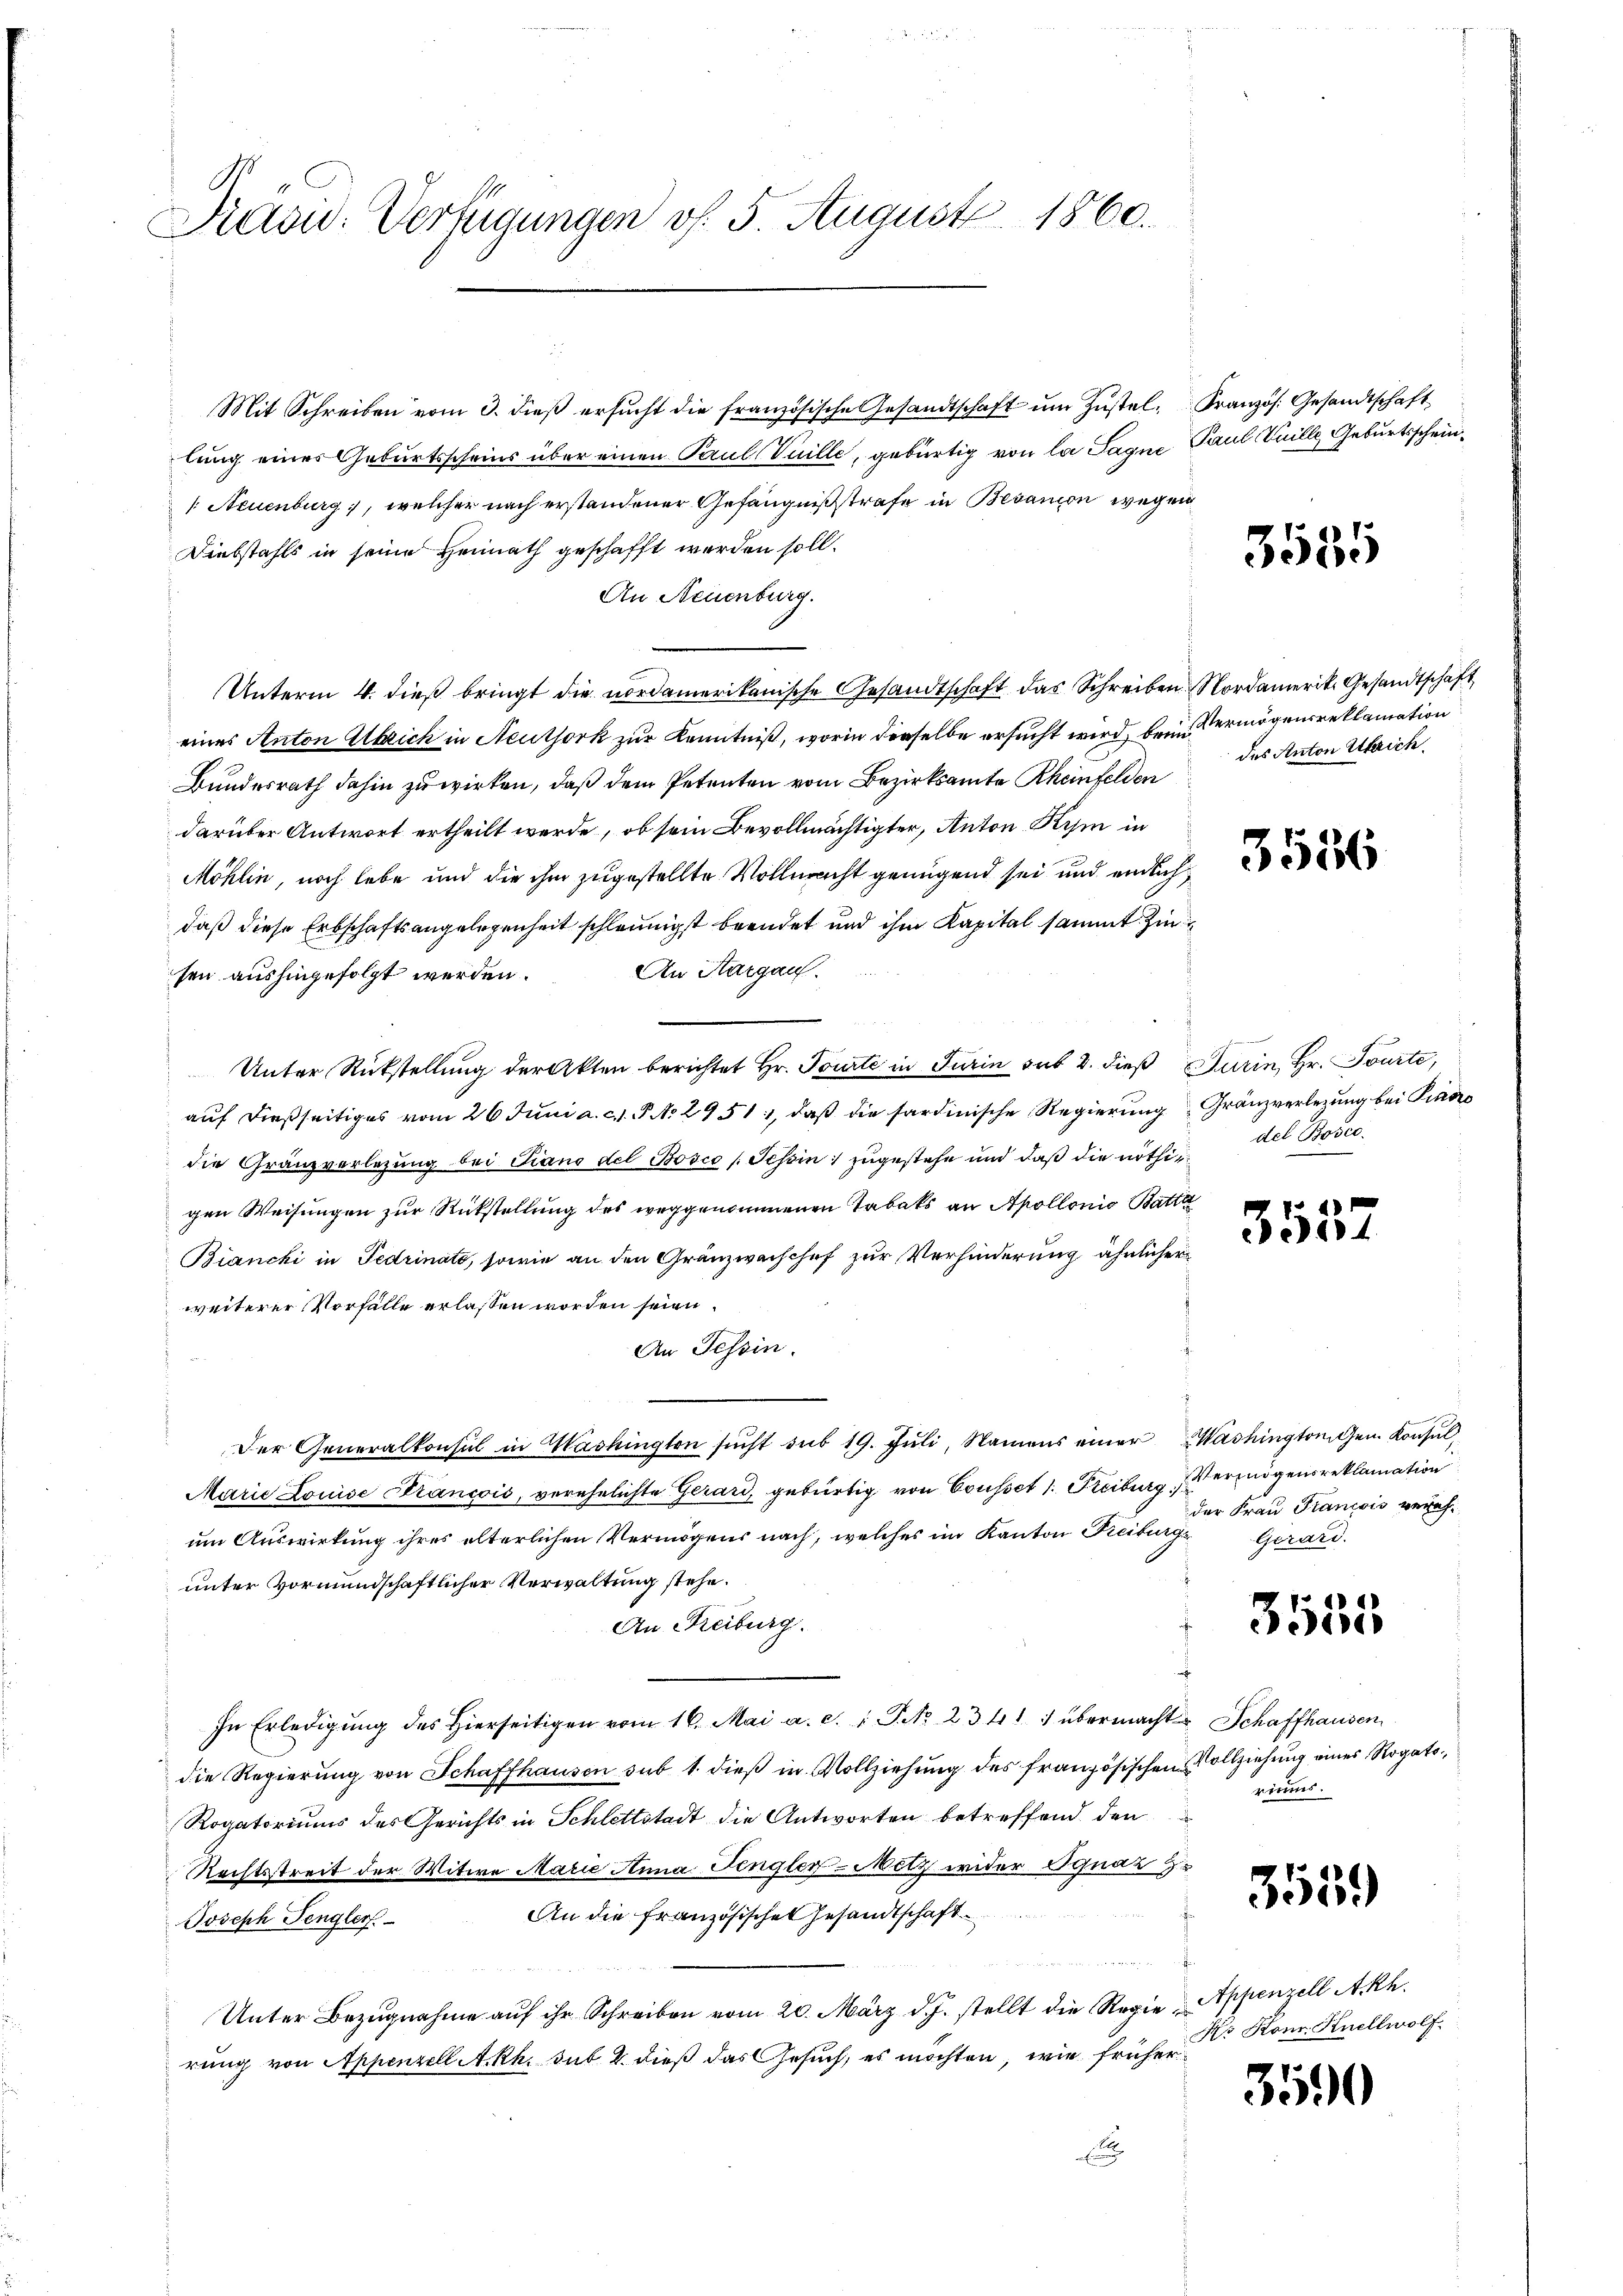
Prasw. Verfügungen v. 5. August 1860.

Mit Schreiben vom 3. dieß ersucht die französische Gesandtschaft um Zustellung eines Geburtsscheins über einen Paul Vuille, gebürtig von la Tagne
/: Neuenburg, welcher nach erstandener Gefängnißstrafe in Besanion wegen
Diebstahls in seine Heimath geschafft werden soll.
An Neuenburg.
Unterm 4. dieß bringt die nordamerikanische Gesandtschaft das Schreiben Nordamerit. Gesandtschaft
eines Anton Absich in Neuthork zur Kenntniß, worin derselbe ersucht wird, beim Vermögensreklamation
Bundesrath dahin zu wirken, daß dem Petenten vom Bezirksamte Rheinfelden
darüber Antwort ertheilt werde, ob sein Bevollmächtigter, Anton Kym in
Möhlin, noch lebe und die ihm zugestellte Vollmacht genügend sei und einlichdaß diese Erbschaftsangelegenheit schleunigst beendet und ihm Kapital sammt Zin¬
An Aargau.
sen aushingefolgt werden.
Unter Rückstellung der Akten berichtet Hr. Tourte in Turin sub 2. dieß Purin, Hr. Touite,
auf dießseitiges vom 26. Juni a. c. P. N. 2951, daß die sardinische Regierung
die Granzverlegung bei Piano del Bosco (Tessin zugestehe und daß die nöthigen Weisungen zur Rückstellung des weggenommenen Tabaks an Apollonio Batta
Bianchi in Fedrinate, sowie an den Gränzwachchef zur Verhinderung ähnlicher
weiterer Vorfälle erlassen worden seien.
An Tessin.
Der Generalkonsul in Washingten sŭcht sub 19. Jŭli, Namens einer Washingtonigen Konsul
Marie Louise Francois, verehelichte Gerard, gebürtig von Cousset 1. Freiburg Vermögens reklamation
um Auswirkung ihres elterlichen Vermögens nach, welches im Kanton Freiburgs
unter vormundschaftlicher Verwaltung stehe.
An Freiburg.
In Erledigŭng des hierseitigen vom 16. Mai a. c. 1 P No 2341 : übermacht Schaffhausen,
die Regierŭng von Schaffhausen sub 1. dieβ in Vollziehŭng des französischen Vollziehŭng eines Rogato
Rogatoriums des Gerichts in Schlettstadt die Antworten betreffend den
Rechtsstreit der Witwe Marie Anna Fengler-Mitz wider Ignaz z
An die Französische Gesandtschaft
Joseph Pengler.
n
Unter Bezugnahme auf ihr Schreiben vom 20. März d. J. stellt die Regie-Appenzell A.Rh.
rung von Appenzell A.Rh. sub 2. dieß das Gesuch, es möchten, wie früher¬
.

Kranzös. Gesandtschaft
Paul Knille Geburtsschein

3585

des Anton Ulrich

3536

Gränzverlegung bei Piacro
del Bosec.

3557

der Frau Francois vereh¬
Gerard.

3555

niums.

3559

Xr Kon Knellwolf

3590